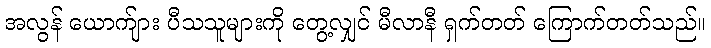
အလွန် ယောက်ျား ပီသသူများကို တွေ့လျှင် မီလာနီ ရှက်တတ် ကြောက်တတ်သည်။